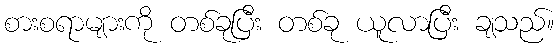
စားစရာများကို တစ်ခုပြီး တစ်ခု ယူလာပြီး ချသည်။